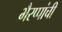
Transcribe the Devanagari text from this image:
भैरप्पांची